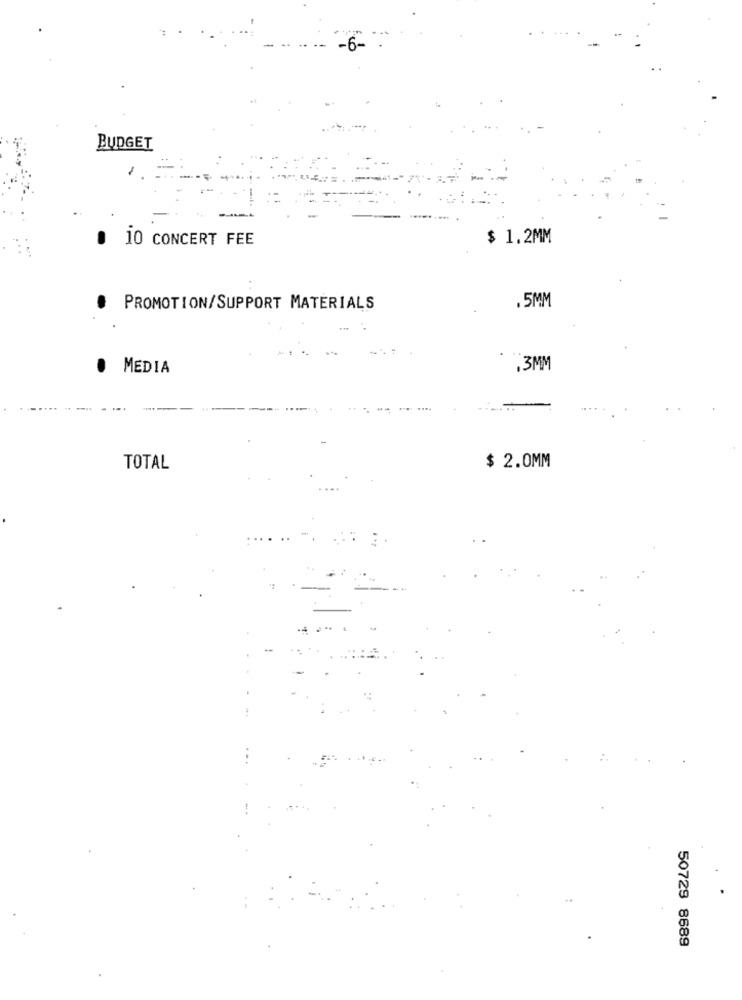
-6-
BUDGET
10 CONCERT FEE
$ 1.2MM
.5MM
.
PROMOTION/SUPPORT MATERIALS
· MEDIA
,3MM
TOTAL
$ 2.0MM
50729 8689